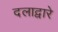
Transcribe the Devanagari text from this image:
दलाद्वारे